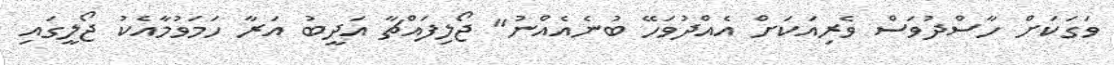
ވަގަކަށް ހާސްދުވަސް ވެރިއަކަށް އެއްދުވަހޭ ބުނެއެއްނު" ޖޯލިފައްޗާ އަދީބު އަރާ ހަމަވުމާއެކު ޖޯލީގައި